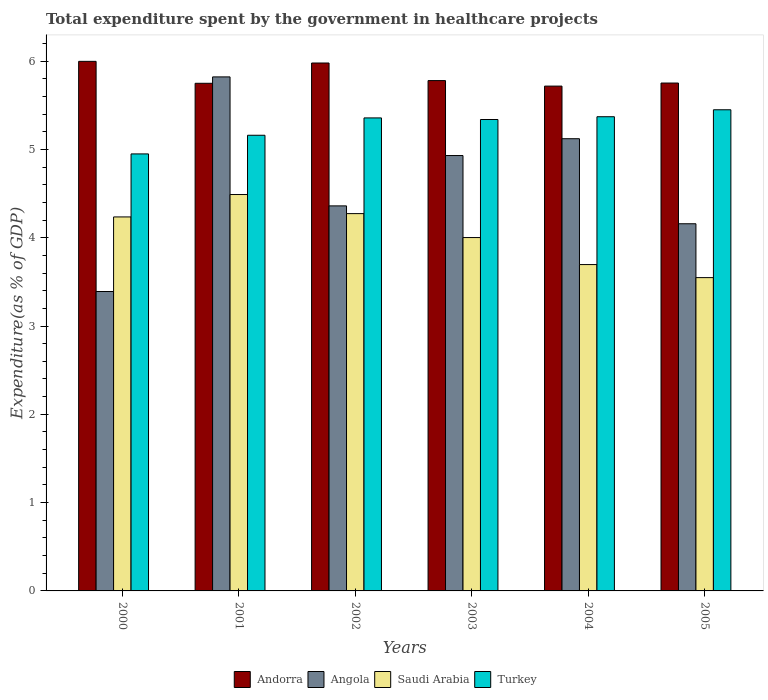
| Years | Andorra | Angola | Saudi Arabia | Turkey |
 | --- | --- | --- | --- | --- |
 | 2000 | 6 | 3.39 | 4.24 | 4.95 |
 | 2001 | 5.75 | 5.82 | 4.49 | 5.16 |
 | 2002 | 5.98 | 4.36 | 4.27 | 5.36 |
 | 2003 | 5.78 | 4.93 | 4 | 5.34 |
 | 2004 | 5.72 | 5.12 | 3.7 | 5.37 |
 | 2005 | 5.75 | 4.16 | 3.55 | 5.45 |